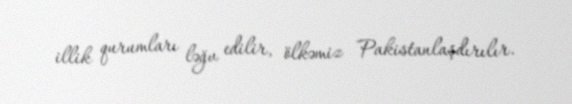
illik qurumları ləğv edilir, ölkəmiz Pakistanlaşdırılır.